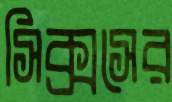
সিক্সসের